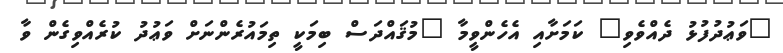
"ވަޢުދުފުޅު ދެއްވެވި" ކަމަށާއި އެހެންވީމާ "މުޤައްދަސް ބިމަކީ ތިމައުރެންނަށް ވަޢުދު ކުރެއްވިގެން ވާ